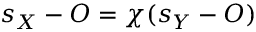
s _ { X } - O = \chi ( s _ { Y } - O )